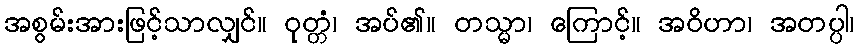
အစွမ်းအားဖြင့်သာလျှင်။ ဝုတ္တံ၊ အပ်၏။ တသ္မာ၊ ကြောင့်။ အဝိဟာ၊ အတပ္ပါ၊